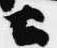
公